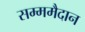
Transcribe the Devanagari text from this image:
सम्ममैदान